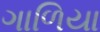
ગાળિયા